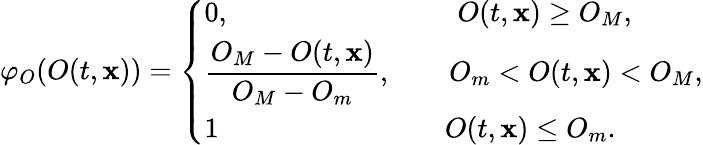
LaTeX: \varphi_{O}(O(t,\mathbf{x}))=\left\{ \begin{array}{ll}{0,\qquad\qquad\qquad\quad\quad O(t,\mathbf{x})\geq O_{M},}\\ {\displaystyle\frac{O_{M}-O(t,\mathbf{x})}{O_{M}-O_{m}},\quad\quad O_{m}<O(t,\mathbf{x})<O_{M},}\\ {\displaystyle 1\qquad\qquad\quad\qquad\quad O(t,\mathbf{x})\leq O_{m}.}\end{array}\right.